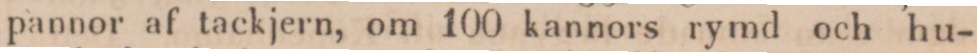
pannor af tackjern, om 100 kannors rymd och hu-